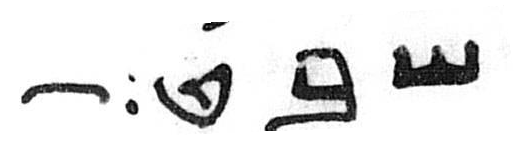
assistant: שבט